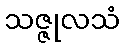
သဇ္ဇုလသံ